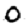
Digit: 0